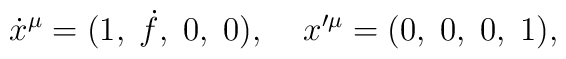
\dot{x}^\mu=(1,\;\dot{f},\;0,\;0),\;\;\;\;x'^\mu=(0,\;0,\;0,\;1),